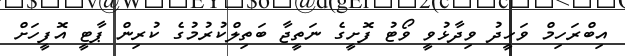
އިބްރަހިމް ވަހީދު ވިދާޅުވީ ވޯޓު ފޮށީގެ ނަތީޖާ ބަތިލްކުރުމުގެ ކުރިން ޕާޓީ އޮފީހަށް